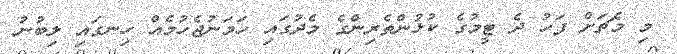
މި މެޗަށް ފަހު ދެ ޓީމުގެ ކުޅުންތެރިންގެ މެދުގައި ހަމަނުޖެހުމެއް ހިނގައި ލިބުނު